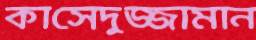
কাসেদুজ্জামান